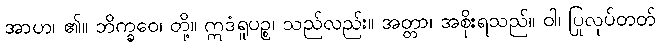
အာဟ၊ ၏။ ဘိက္ခဝေ၊ တို့။ ဣဒံရူပဉ္စ၊ သည်လည်း။ အတ္တာ၊ အစိုးရသည်။ ဝါ၊ ပြုလုပ်တတ်